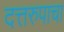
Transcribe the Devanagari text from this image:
दत्तरुपाचा